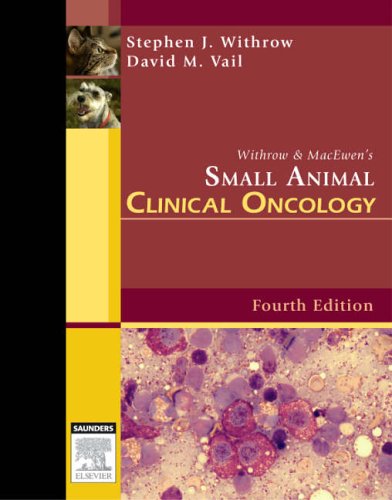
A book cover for Withrow and MacEwen's Small Animal Clinical Oncology, 4e; Stephen J. Withrow DVM  DACVS  DACVIM (Oncology); Medical Books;